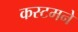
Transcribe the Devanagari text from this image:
कस्टमने